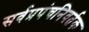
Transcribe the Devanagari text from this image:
सर्वप्रपंचनिवर्तक